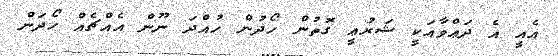
އެއީ އެ ދަޢްވާއަކީ ޝަރުޢީ ގޮތުން ހޯދުން ހުއްދަ ނޫން އެއްޗެއް ހޯދަން